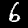
Digit: 6